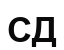
СД